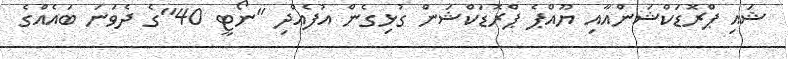
ޝައި ޕްރޮޑަކްޝަންއާއި ޔޫއްޕެ ޕްރޮޑަކްޝަން ގުޅިގެން އުފެއްދި "ނޯޓީ 40"ގެ ދެވަނަ ބައެއްގެ